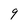
Character: 9